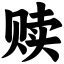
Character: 赎